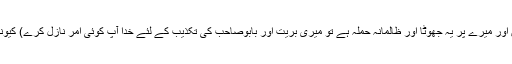
صرف خداتعالیٰ سے عقدہ کشائی چاہوں گا(یعنی یہ چاہوں گا کہ اگر مَیں مفتری نہیں ہوں اور میرے پر یہ جھوٹا اور ظالمانہ حملہ ہے تو میری بریت اور بابوصاحب کی تکذیب کے لئے خدا آپ کوئی امر نازل کرے) کیونکہ بریت کی خواہش کرنا سنت انبیاء ہے، جیسا کہ حضرت یوسفؑ نے خواہش کی تھی‘‘۔